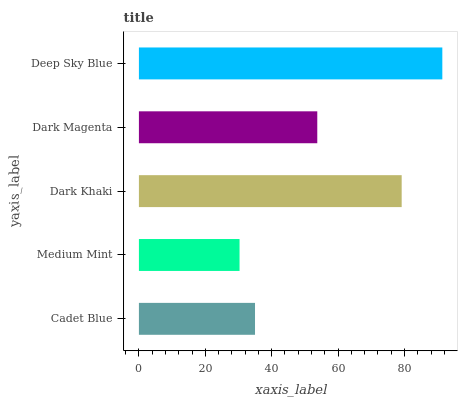
| yaxis_label | bars |
 | --- | --- |
 | Cadet Blue | 35 |
 | Medium Mint | 30.3 |
 | Dark Khaki | 79.2 |
 | Dark Magenta | 53.7 |
 | Deep Sky Blue | 91.4 |